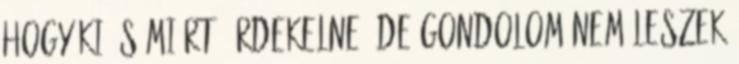
hogy ki és miért, érdekelne, de gondolom nem leszek